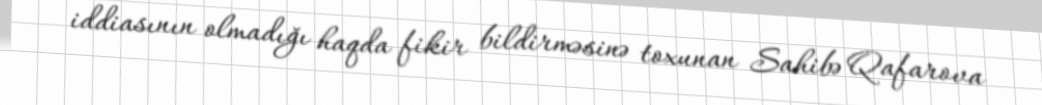
iddiasının olmadığı haqda fikir bildirməsinə toxunan Sahibə Qafarova